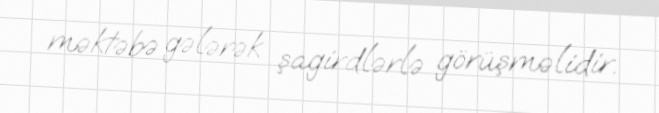
məktəbə gələrək şagirdlərlə görüşməlidir.